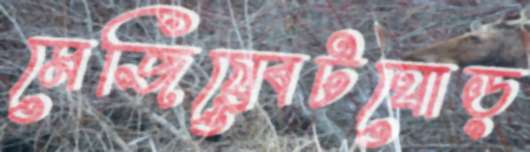
মেজিষ্র্বেটঘোড়